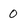
Character: 0